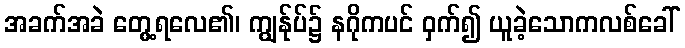
အခက်အခဲ တွေ့ရလေ၏၊ ကျွန်ုပ်၌ နဂိုကပင် ဝှက်၍ ယူခဲ့သောကလစ်ခေါ်